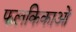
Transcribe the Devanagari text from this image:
फलकिकाओं